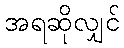
အရဆိုလျှင်